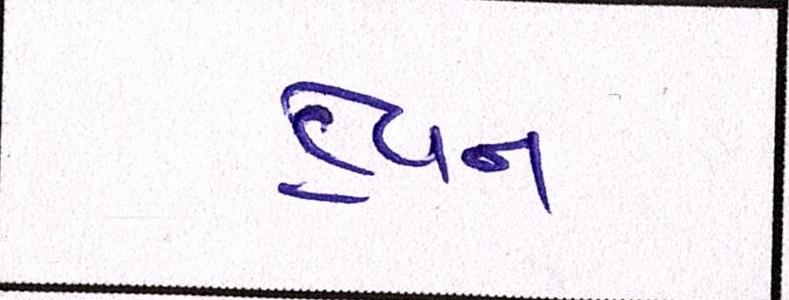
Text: હેવન